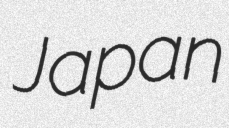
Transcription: Japan